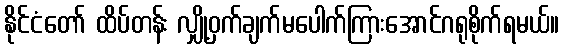
နိုင်ငံတော် ထိပ်တန်း လျှို့ဝှက်ချက်မပေါက်ကြားအောင်ဂရုစိုက်ရမယ်။